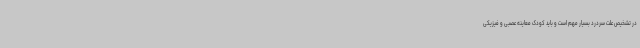
در تشخیص علت سردرد بسیار مهم است و باید کودک معاینه عصبی و فیزیکی